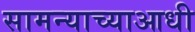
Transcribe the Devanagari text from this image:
सामन्याच्याआधी